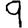
Digit: 9